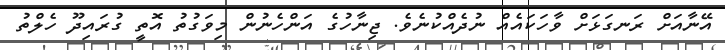
އޭނާއަށް ރަނގަޅަށް ވާހަކައެއް ނުދެއްކުނެވެ. ޖިނާހުގެ އަންހެނުން މިވަގުތު އޮތީ ގުރައިދޫ ހެލްތު